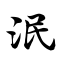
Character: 泯